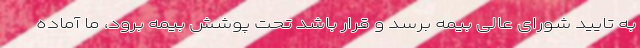
به تایید شورای عالی بیمه برسد و قرار باشد تحت پوشش بیمه برود، ما آماده